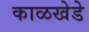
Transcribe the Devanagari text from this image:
काळखेडे